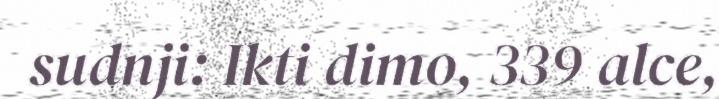
sudnji: Ikti dimo, 339 alce,